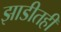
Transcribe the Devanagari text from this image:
झाडीतही